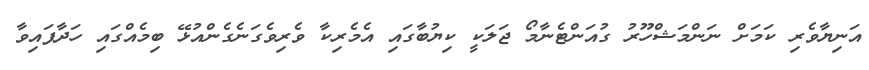
އަނިޔާވެރި ކަމަށް ނަންމަޝްހޫރު ގުއަންޓެނާމޯ ޖަލަކީ ކިޔުބާގައި އެމެރިކާ ވެރިވެގަނެގެންއުޅޭ ބިމެއްގައި ހަދާފައިވާ